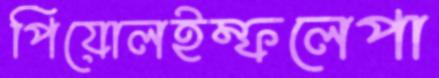
পিয়োলইম্ফলেপা